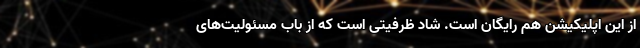
از این اپلیکیشن هم رایگان است. شاد ظرفیتی است که از باب مسئولیت‌های